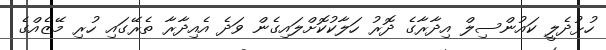
ހުޅުދެލީ ކައުންސިލް އިދާރާގެ ދޮރު ހަލާކުކޮށްލައިގެން ވަދެ އެއިދާރާ ތެރޭގައި ހުރި މޭޒެއްގެ